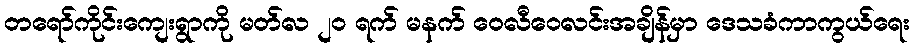
တရော်ကိုင်းကျေးရွာကို မတ်လ ၂၀ ရက် မနက် ဝေလီဝေလင်းအချိန်မှာ ဒေသခံကာကွယ်ရေး